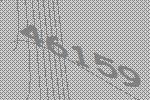
46159